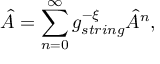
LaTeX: { \hat { \cal A } } = \sum _ { n = 0 } ^ { \infty } g _ { s t r i n g } ^ { - { \cal \xi } } { \hat { \cal A } } ^ { n } ,